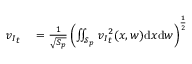
\begin{array} { r l } { { v _ { I } } _ { t } } & { { } = \frac { 1 } { \sqrt { S _ { p } } } \left( \iint _ { \mathcal { S } _ { p } } { v _ { I } } _ { t } ^ { 2 } ( x , w ) \mathrm { d } x \mathrm { d } w \right) ^ { \frac { 1 } { 2 } } } \end{array}